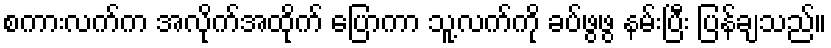
စကားလက်က အလိုက်အထိုက် ပြောကာ သူ့လက်ကို ခပ်ဖွဖွ နမ်းပြီး ပြန်ချသည်။